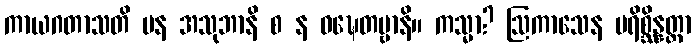
ကာယဂတာသတိ ပန အသုဘာနိ စ န ဝဍ္ဎေတဗ္ဗာနိ။ ကသ္မာ? ဩကာသေန ပရိစ္ဆိန္နတ္တာ